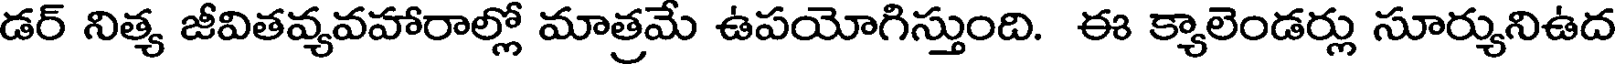
డర్ నిత్య జీవితవ్యవహారాల్లో మాత్రమే ఉపయోగిస్తుంది. ఈ క్యాలెండర్లు సూర్యునిఉద